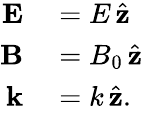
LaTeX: \begin{array}{rl}{\textbf{E}}&{{}=E\, \hat{\textbf{z}}}\\ {\textbf{B}}&{{}=B_{0}\, \hat{\textbf{z}}}\\ {\textbf{k}}&{{}=k\, \hat{\textbf{z}}.}\end{array}